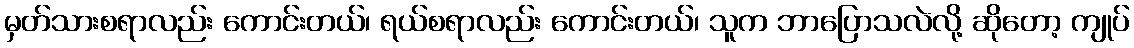
မှတ်သားစရာလည်း ကောင်းတယ်၊ ရယ်စရာလည်း ကောင်းတယ်၊ သူက ဘာပြောသလဲလို့ ဆိုတော့ ကျုပ်